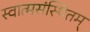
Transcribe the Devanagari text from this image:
स्वात्मसंस्थितम्